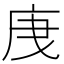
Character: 𭙙